Vaccination United Provinces of Agra and Oudh 1923-1928 - 1923-1928
Year: 1923
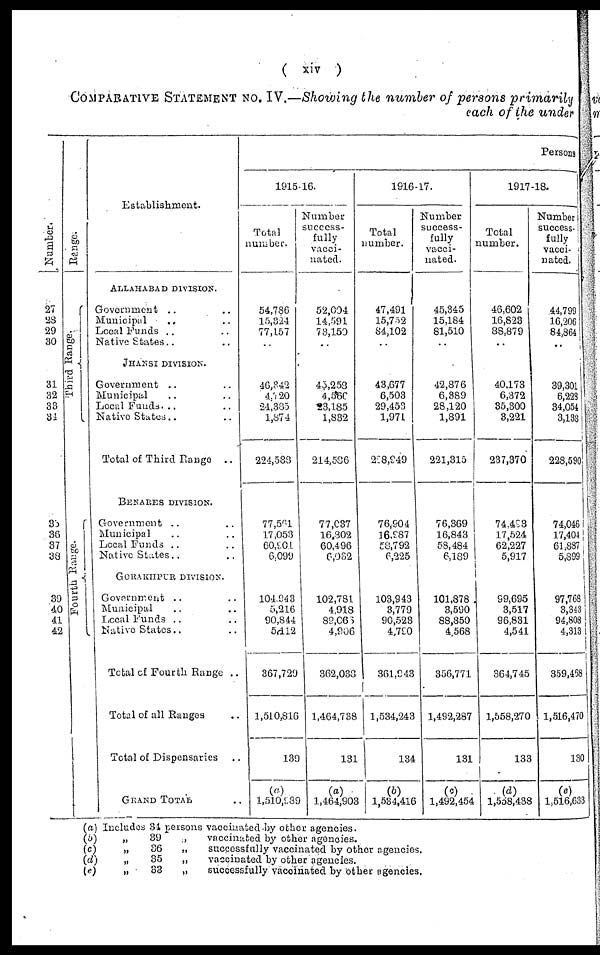
( xiv )
COMPARATIVE STATEMENT NO. IV.—Showing the number of persons primarily
each of the under
Number.
27
28
29
30
31
32
33
34
35
36
37
38
39
40
41
42
Range.
Third Range.
Fourth Range.
Establishment.
ALLAHABAD DIVISION.
Government .. ..
Municipal .. ..
Local Funds .. ..
Native States .. ..
JHANSI DIVISION.
Government .. ..
Municipal .. ..
Local Funds. .. ..
Native States .. ..
Total of Third Range
..
BENARES DIVISION.
Government .. ..
Municipal .. ..
Local Funds .. ..
Native States .. ..
GORAKHPUR DIVISION.
Government .. ..
Municipal .. ..
Local Funds .. ..
Native States .. ..
Total of Fourth Range ..
Total of all Ranges ..
Total of Dispensaries ..
GRAND TOTAL ..
Persons
1915-16.
Total
number.
54,786
15,324
77,157
..
46,342
4,720
24,385
1,874
224,588
77,561
17,053
60,901
6,099
104,943
5,216
90,844
5,112
367,729
1,510,816
139
(a)
1,510,989
Number
success-
fully
vacci-
nated.
52,004
14,591
73,150
..
45,253
4,560
23,185
1,832
214,586
77,037
16,802
60,496
6,032
102,781
4,918
89,066
4,906
362,038
1,464,738
131
(a)
1,464,903
1916-17.
Total
number.
47,491
15,752
84,102
..
43,677
6,503
29,453
1,971
228,949
76,904
16,987
58,792
6,225
103,943
3,779
90,523
4,790
361,943
1,534,243
134
(b)
1,534,416
Number
success-
fully
vacci-
nated.
45,345
15,184
81,510
..
42,876
6,389
28,120
1,891
221,315
76,369
16,843
58,484
6,189
101,878
3,590
88,850
4,568
356,771
1,492,287
131
(c)
1,492,454
1917-18.
Total
number.
46,602
16,823
88,879
..
40,173
6,372
35,300
3,221
237,370
74,493
17,524
62,227
5,917
99,695
3,517
96,831
4,541
364,745
1,558,270
133
(d)
1,558,438
Number
success-
fully
vacci-
nated.
44,799
16,206
84,864
..
39,301
6,228
34,054
3,138
228,590
74,046
17,404
61,887
5,899
97,768
3,343
94,808
4,313
359,468
1,516,470
130
(e)
1,516,633
(a) Includes 34 persons vaccinated by other agencies.
(b)
„
39
„
vaccinated by other agencies.
(c)
„
36
„
successfully vaccinated by other agencies.
(d)
„
35
„
vaccinated by other agencies.
(e)
„
33
„
successfully vaccinated by other agencies.